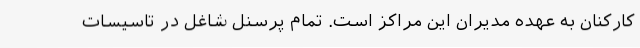
کارکنان به عهده مدیران این مراکز است. تمام پرسنل شاغل در تاسیسات